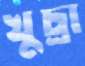
খুচ্রা